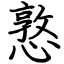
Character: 憝